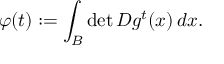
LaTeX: \varphi ( t ) : = \int _ { B } \operatorname* { d e t } D g ^ { t } ( x ) \, d x .